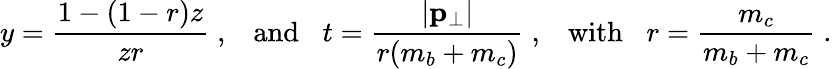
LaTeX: y={\frac{1-(1-r)z}{zr}}\; ,\; \; \; \mathrm{and}\; \; \; t={\frac{|{\mathbf p}_{\bot}|}{r(m_{b}+m_{c})}}\; ,\; \; \; \mathrm{with}\; \; \; r={\frac{m_{c}}{m_{b}+m_{c}}}\; .